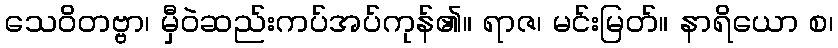
သေဝိတဗ္ဗာ၊ မှီဝဲဆည်းကပ်အပ်ကုန်၏။ ရာဇ၊ မင်းမြတ်။ နာရိယော စ၊